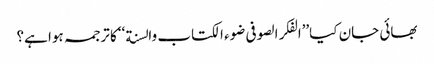
بھائی جان کیا’’الفکر الصوفی ضوء الکتاب والسنة ‘‘کا ترجمہ ہوا ہے؟